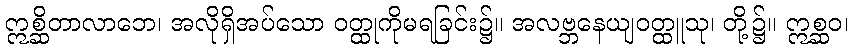
ဣစ္ဆိတာလာဘေ၊ အလိုရှိအပ်သော ဝတ္ထုကိုမရခြင်း၌။ အလဗ္ဘနေယျဝတ္ထူသု၊ တို့၌။ ဣစ္ဆဝ၊